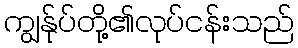
ကျွန်ုပ်တို့၏လုပ်ငန်းသည်